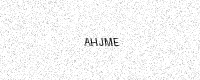
Text: AHJME